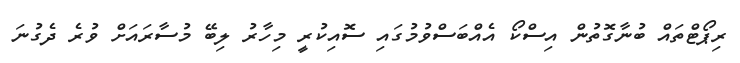
ރިޕޯޓްތައް ބުނާގޮތުން އިސްކޯ އެއްބަސްވުމުގައި ސޮއިކުރީ މިހާރު ލިބޭ މުސާރައަށް ވުރެ ދެގުނަ